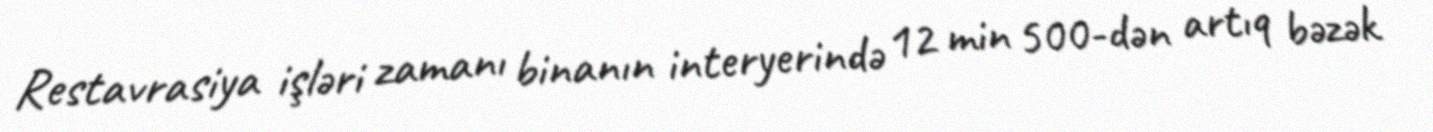
Restavrasiya işləri zamanı binanın interyerində 12 min 500-dən artıq bəzək